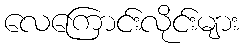
လေကြောင်းလိုင်းများ